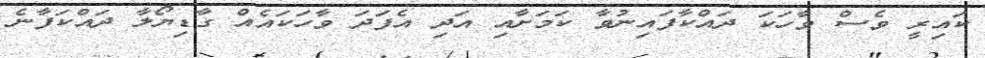
ކައިރީ ވެސް ވާހަކަ ދައްކާފައިނުވާ ކަމަށާއި އަދި އެފަދަ ވާހަކައެއް ގާޑިޔޯލާ ދައްކަފާނެ